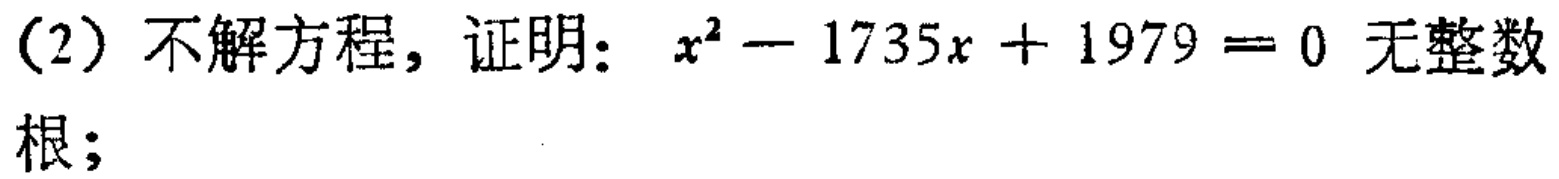
(2) 不解方程，证明：\(x^{2}-1735x + 1979 = 0\) 无整数根；